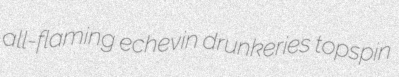
all-flaming echevin drunkeries topspin